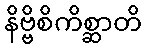
နိဗ္ဗိစိကိစ္ဆာတိ